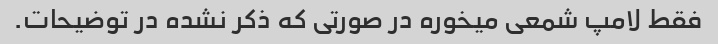
فقط لامپ شمعی میخوره در صورتی که ذکر نشده در توضیحات.